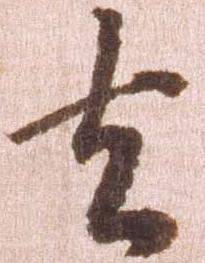
去